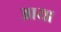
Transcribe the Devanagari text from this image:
अाया